Medical and sanitary report of the native army of Bengal for the year
Year: 1874
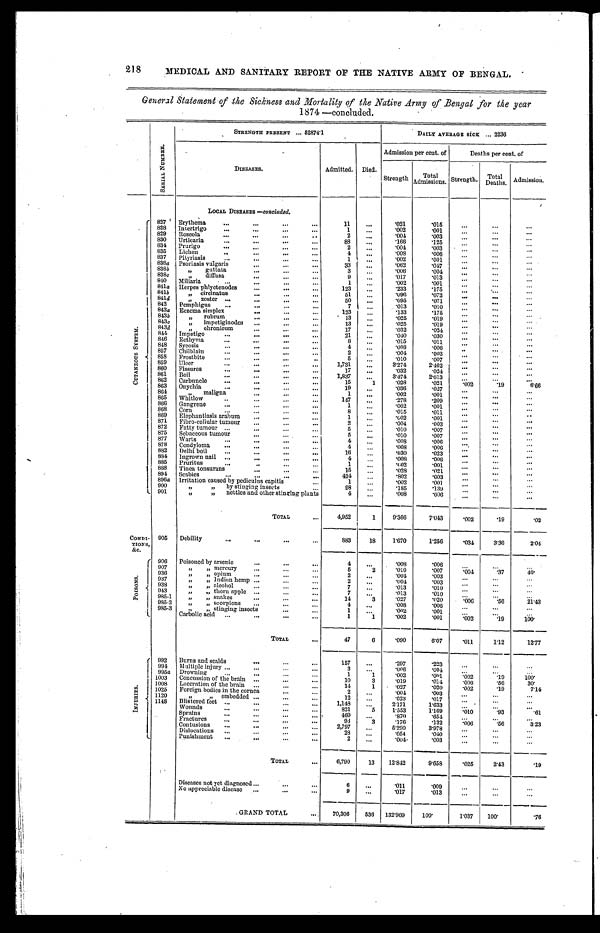
218
MEDICAL AND SANITARY REPORT OF THE NATIVE ARMY OF BENGAL.
General Statement of the Sickness and Mortality of the Native Army of Bengal for the year
1874 —concluded.
S E R I A L N U M B E R .
STRENGTH PRESENT ... 52874·1
DAILY AVERAGE SICK ... 2236
DISEASES.
Admitted. Died.
Admi ssi on per cent . of
Deaths per cent. of
Strength Total Admissions. Strength. Total
Deaths. Admission.
LOCAL DISEASES —concluded.
C U T A N E O U S S Y S T E M . 827
Erythema
11
...
·021
·015
...
...
...
828
Intertrigo
1
...
·002
·001 ...
...
...
829
Roseola
2
...
· 0 0 4
·003
...
...
...
830
Urticaria
88 ...
·166
·125
...
...
...
834
Prurigo
2
...
· 0 0 4
·003
...
...
...
835
Lichen
4 ...
·008
·006
...
...
...
837
Pityriasis
1
...
·002
·001
...
...
...
838a
Psoriasis vulgaris
33
...
·062
·047
...
...
...
838b
" guttata
3 ...
·006
·004
...
...
...
838c
" diffusa
9
...
·017
·013
...
...
...
840
Miliaria
1 ...
·002
· 0 0 1 ...
...
...
811a Herpes phlyetenodes
123
...
·233
·175
...
...
...
841b
" circinatus
5 1 ...
·096
·072
...
...
...
841d
" zoster
50
...
·095
·071
...
...
...
842
Pemphigus
7
...
·013
·010
...
...
...
843a Eczema simplex
123
...
·133
·175
...
...
...
843b
" rubrum
13
...
·025
·019
...
...
...
843c
" impetiginodes
13
...
·025
·019 ...
...
...
843d
844 chronieum Impetigo
17
21
... ...
·032
·040
·024
·030
... ...
... ...
... ...
846 Eethyma
8
...
·015
·011
...
...
...
848
Syeosis
4
...
·008
·006 ...
...
...
857 Chilblain
2
...
· 0 0 4
·003
...
...
...
858 Frostbite
5
...
·010
·007
...
...
...
859 Ulcer
1,731 ...
3·274
2·462
...
...
...
860 Fissures
17
...
·032
·024
...
...
...
861 Boil
1,837 ...
3·474
2·613 ...
...
...
862 Carbuncle
15
1
·028
·021
· 0 0 2
· 1 9
6 · 6 6
863
864
Onychia
" maligna
19
1
...
...
·036
·002
·027
·001
...
...
... ...
...
...
865 Whitlow
147
...
·278
·209
...
...
...
866 Gangrene
1 ...
·002
·001 ...
...
...
868 Corn
8
...
·015
·011
...
...
...
869 Elephantiasis arabum
1 ...
·002
·001 ...
...
...
871 Fibro-cellular tumour
2
...
·004
·003
...
...
...
872 Fatty tumour
5 ...
·010
· 0 0 7
...
...
...
875 Sebaceous tumour
5
...
·010
·007
...
...
...
877 Warts
4
...
·008
·006 ...
...
...
878 Condyloma
4 ...
·008
·006
...
...
...
882 Delhi boil
16
...
·030
·023
...
...
...
884 Ingrown nail
4
...
·008
·006 ...
...
...
885 Pruritus
1
...
·002
·001
...
...
...
888 Tinea tonsurans
15
...
·028
·021
...
...
...
894 Scabies
424
...
·802
·003
...
...
...
896a Irritation caused by pediculus capitis
1
...
·002
·001
...
...
...
900
" " by stinging insects
98 ...
·185
·139 ...
...
...
901
" "nettles and other stinging plants
4
...
·008
·006
...
...
...
TOTAL
4,952
1
9·366
7·043 ·002
·19
· 0 2
CONDI - TI ONS, &c. 905 Debility
883
18
1·670
1·250
·034
3 · 3 6
2 · 0 4
P O I S O N S . 906 Poisoned by arsenic
4
...
·008
·006
...
...
...
907
" " mercury
5
2
·010
·007
·004
·37
40·
936
" " opium
2
...
·001
·003
...
...
...
937
" " Indian hemp
2
...
·004
·003 ...
... ...
938
" " alcohol
7
...
·013
·010 ...
...
...
943
" " thorn apple
7 ...
·013
·010
...
...
...
985·1
" " snakes
14
3
·027
·020
·006
·56
21·43
985·2
" " scorpions
4 ...
·008
·006 ...
...
...
985·3 " " stinging insects
1
...
·002
·001
...
...
...
Carbolic acid
1
1
·002
·001
·002
·19
100·
TOTAL
47
6
·090
6·07 ·011
1·12
12·77
I N J U R I E S . 992 Burns and scalds
157
...
·297
·223
...
...
...
994 Multiple injury
3
...
·006
·004
...
...
...
995a Drowning
1
1
·002
·001
·002
·19
100·
1003 Concussion of the brain
10
3
·019
·014
·006
·56
30·
1008 Laceration of the brain
14
1
·027
·020
·002
·19
7·14
1025 Foreign bodies in the cornea
2
...
·004
·003
...
...
...
1120
" " embedded
12
...
·023
·017
...
. . .
...
1148 Blistered feet
1,148 ...
2·171
1·633 ...
...
...
Wounds
821
5
1·553
1·169
·010
·93
·61
Sprains
460
...
·870
·654
...
...
...
Fractures
93
3 ·176
·132
·006
· 5 6
3·23
Contusions
2,797 ...
5·290
3·978
...
... ...
Dislocations
28
...
·054
·040
...
...
...
Punishment
2
...
·004
·003
...
... ...
TOTAL
6,790
13
12·812
9·658 ·025
2·43
·19
Diseases not yet diagnosed
No appreeiable disease
6
9
...
...
·011
·017
·009
·013
...
...
...
...
...
...
GRAND TOTAL
70,306
536 132·969
100·
1·037 100·
·76